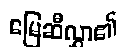
မြေဆီလွှာ၏